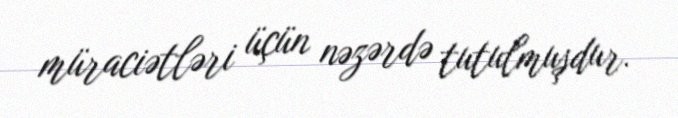
müraciətləri üçün nəzərdə tutulmuşdur.